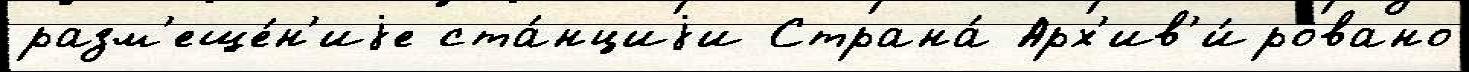
разм'еще́н'иjе ста́нциjи Страна́ Арх'ив'и́ровано